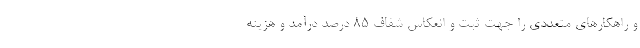
و راهکارهای متعددی را جهت ثبت و انعکاس شفاف ۸۵ درصد درآمد و هزینه